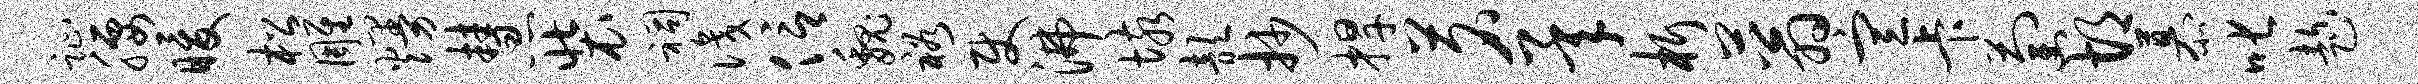
趾腰暖松雕熳慧装祠识信魏裕使沸垓歆抄捍茗承析蓊宣卡萄胡慕叱趁